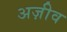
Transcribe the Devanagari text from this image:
अज़ीव